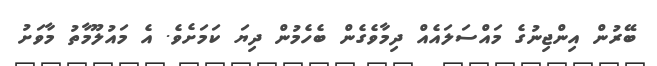
ބޭރުން އިންޖިނުގެ މައްސަލައެއް ދިމާވެގެން ބެހެމުން ދިޔަ ކަމަށެވެ. އެ މައުލޫމާތު މާވަށު